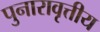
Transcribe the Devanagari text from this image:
पुनारावृत्तीय